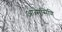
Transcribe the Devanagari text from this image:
आत्मसिणि्